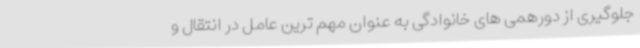
جلوگیری از دورهمی های خانوادگی به عنوان مهم ترین عامل در انتقال و